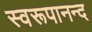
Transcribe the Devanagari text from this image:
स्वरूपानन्द